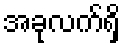
အခုလက်ရှိ